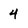
Character: 4